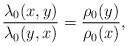
LaTeX: \begin{align*}\frac{\lambda_0(x,y)}{\lambda_0(y,x)}=\frac{\rho_0(y)}{\rho_0(x)},\end{align*}